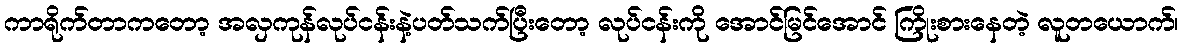
ကာရိုက်တာကတော့ အလှကုန်လုပ်ငန်းနဲ့ပတ်သက်ပြီးတော့ လုပ်ငန်းကို အောင်မြင်အောင် ကြိုးစားနေတဲ့ လူတယောက်၊